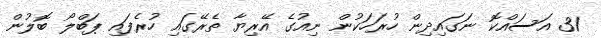
31 އަސައްކޮ ނަގައިދިން ހުރަހަކުން ނިއުގެ އޭރިޔާ ތެރޭގައި ހުރެފައި ޕަބްލޯ ބޮލުން